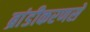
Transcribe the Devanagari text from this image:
ब्रांडीकरणसे